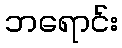
ဘရောင်း